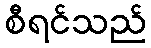
စီရင်သည်